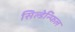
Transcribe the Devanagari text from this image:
सिल्डेन्फिल